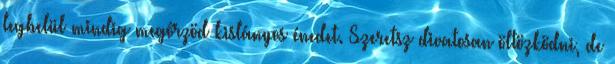
legbelül mindig megőrzöd kislányos énedet. Szeretsz divatosan öltözködni, de